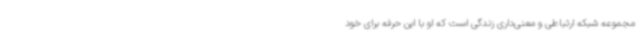
مجموعه شبکه ارتباطی و معنی‌داری زندگی است که او با این حرفه برای خود